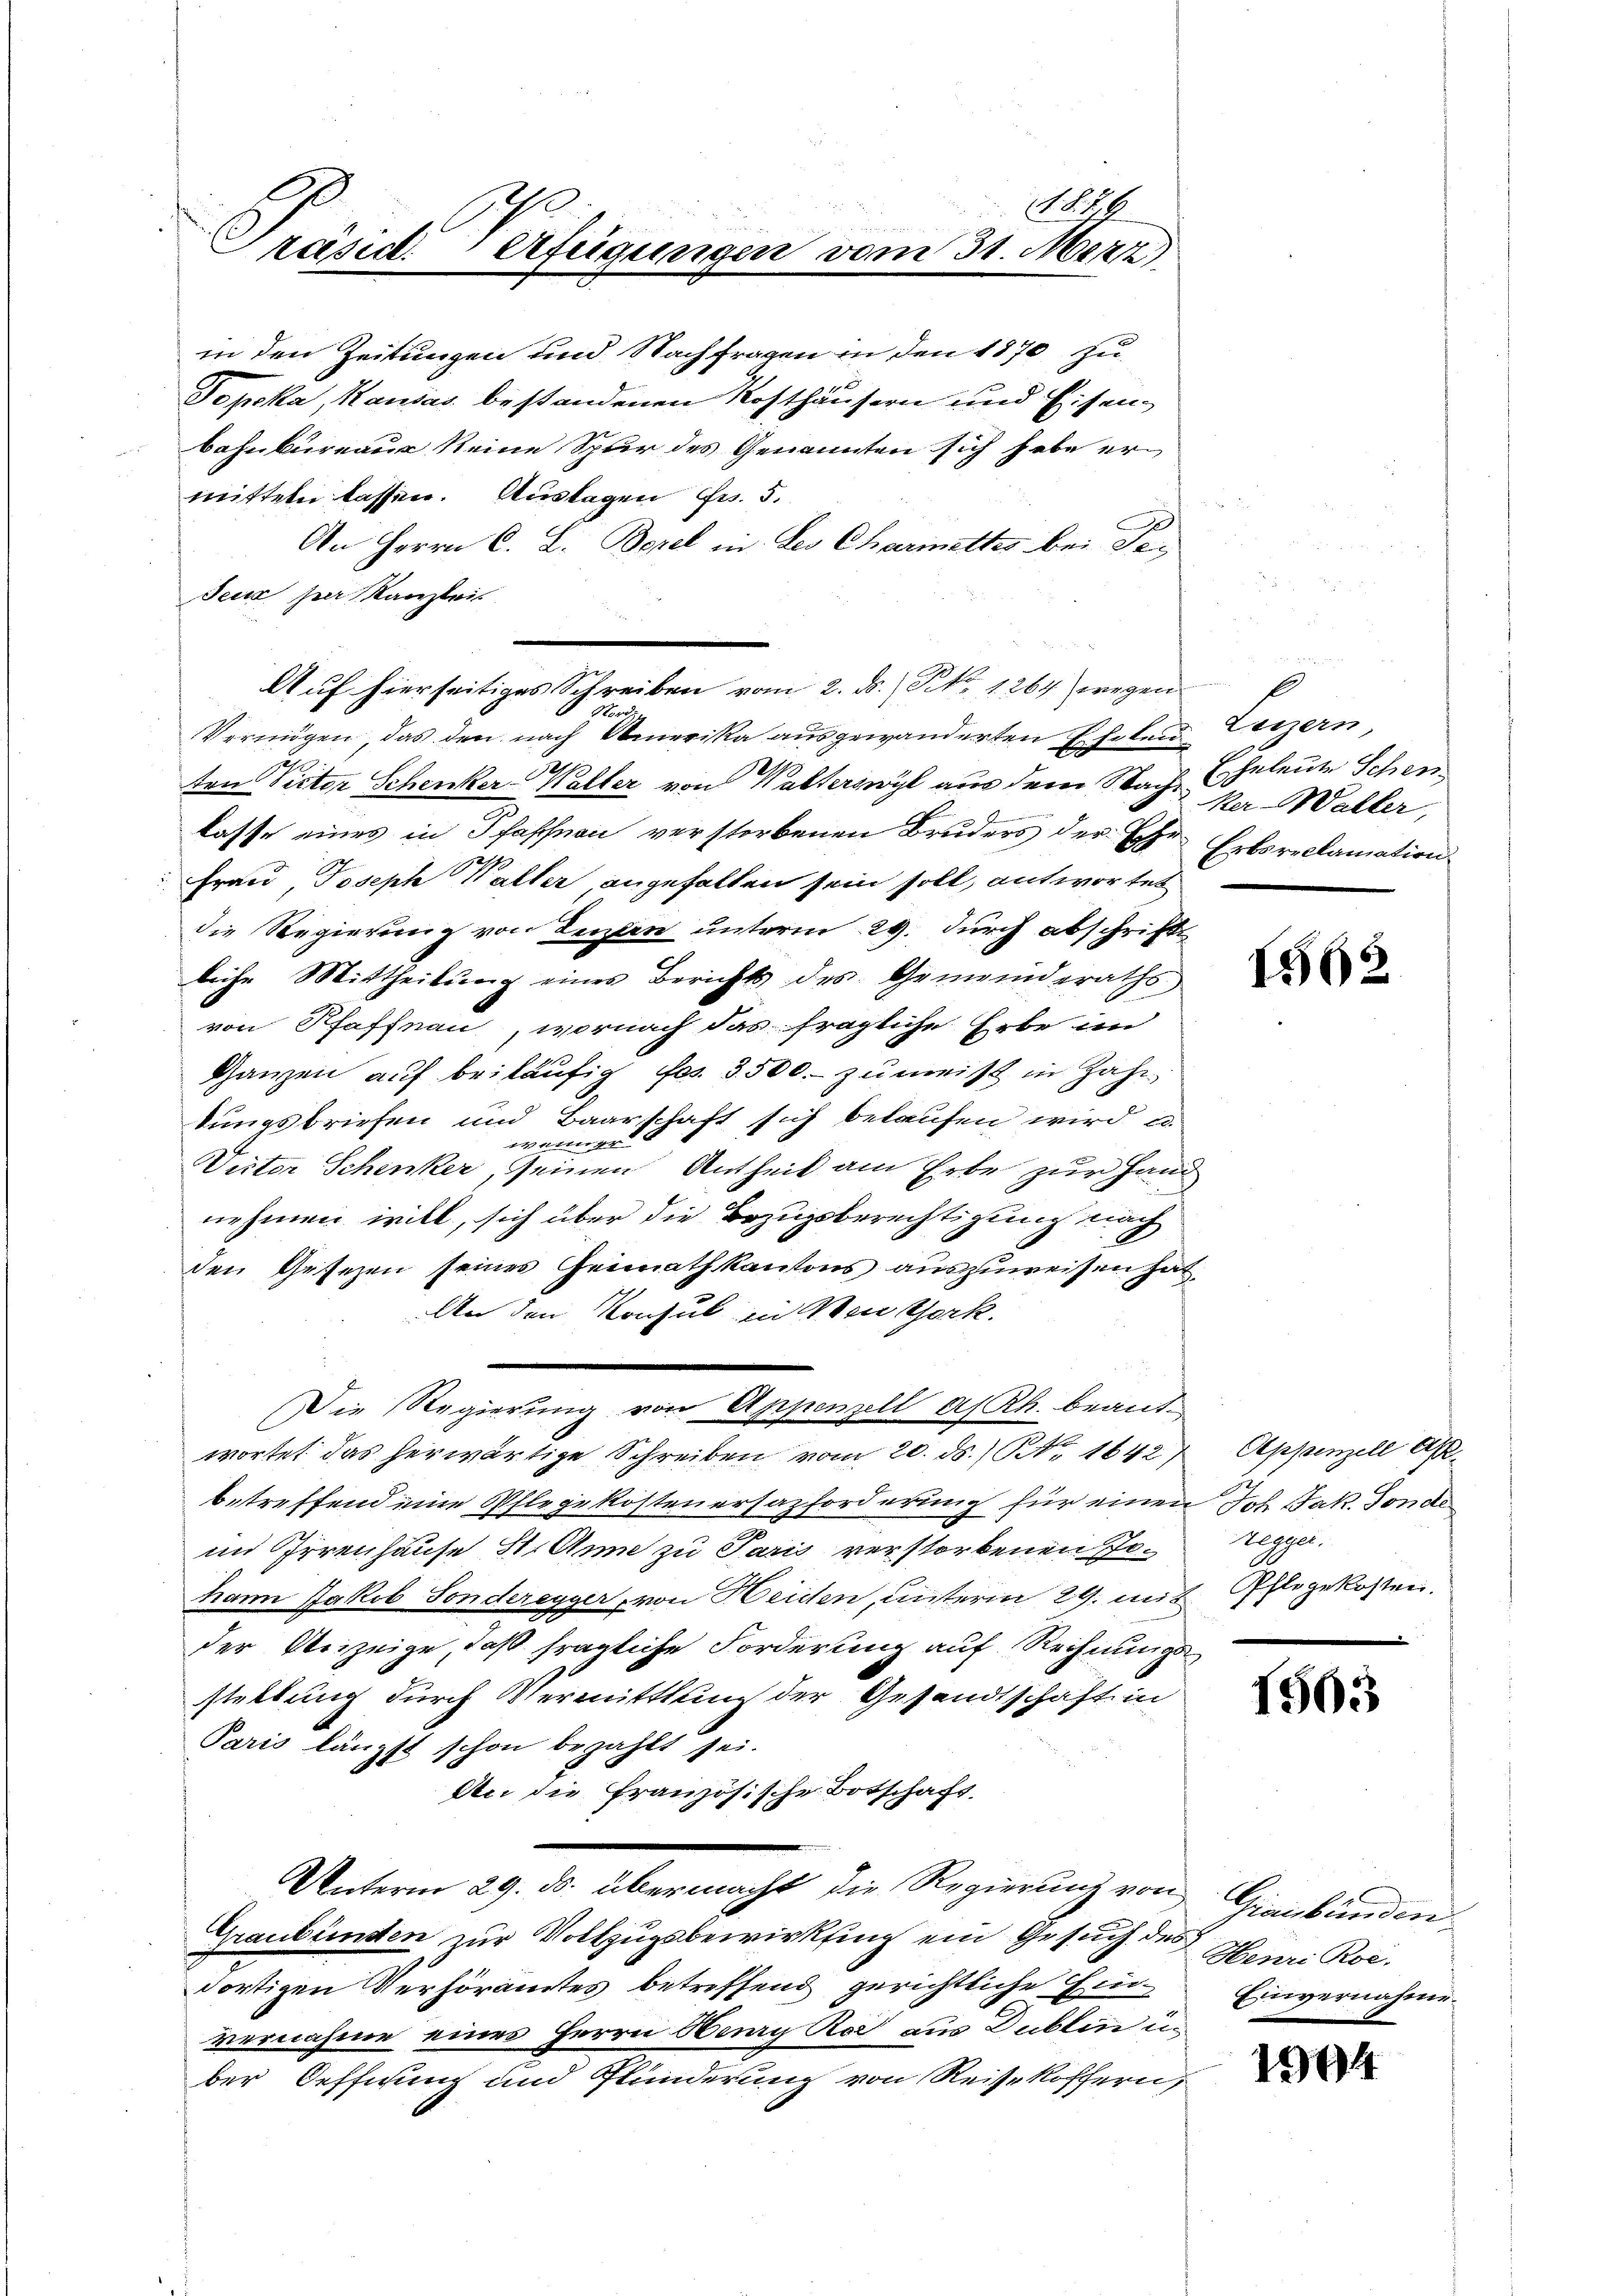
18. 76
Präsid. Verfügungen vom 31. März,

in den Zeitungen und Nachfragen in den 1870 zu
Topcka, Kausas bestandenen Kosthäusern und Eisen¬
Bahnbureau keine Spur des Genannten sich habe ermitteln lassen. Auslagen Fr. 5.
2
An Herrn C. L. Bezel in Les Charinettes bei Sei
Feur per Kanzlei
Vermögen, das den nach Amerika ausgewanderten Eheleuten Victor Schenker-Waller von Walterswyl aus dem Nach Eheleute Schen
2
lasse eines in Pfaffnen verstorbenen Bruders der Ehe Erbsreclamation
Frau, Joseph Walter angefallen sein soll, antwortet
die Regierung von Teilen unterm 29. durch abschrifte
liche Mittheilŭng eines Berichts des Gemeinderaths
von Pfaffnau, wornach das fragliche Erbe im
Ganzen auf beiläufig fes. 3500.- zumeist in Zahn
kungsbriefen und Baarschaft sich belaufen wird, u.
wenn er
Victor Schenker, seinen Antheil am Erbe zur Hand
nehmen will, sich über die Bezugsberechtigung nach
den Gesezen seines Heimathkantons auszuweisen hat,
An den Konsul in Mone Gork.
Die Regierung von Appenzell a. Rh. beant-
wortet das herwärtige Schreiben vom 20. ds. Art. 1642
betreffend eine Pflegekostenersazforderung für einen Joh. Jak. Fonde
im Irrenhause St. Anna zu Paris verstorbenen Johann Jakob Sonderegger, von Heiden, unterm 29. mit
der Anzeige, daß fragliche Forderung auf Rechnungsstaltung durch Vermittlung der Gesandtschaft in
Paris längst schon bezahlt sei.
An die französische Botschaft.
Unterm 29. ds. übermacht die Regierŭng von Graubünden
Graubünden zur Vollzugsbewirkling ein Gesuch des
dortigen Verhöramtes betreffend gerichtliche Ein
vernahme eines Herrn Haury Rod aus Dublin u
ber Oeffnung und Plünderung von Reise koffern,

Auf hierseitiges Schreiben vom 2. ds. S. 1264 wegen
r

Legern,
ker-Waller,

1562

Appenzell A.
Regger.
Pflegekosten.

1563

Henri Roe-
Einvernahme.

1904